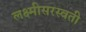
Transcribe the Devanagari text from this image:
लक्ष्मीसरस्वती